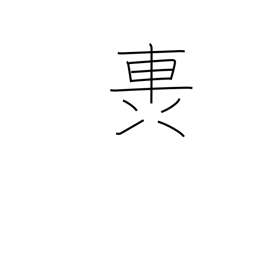
Meaning: rumble